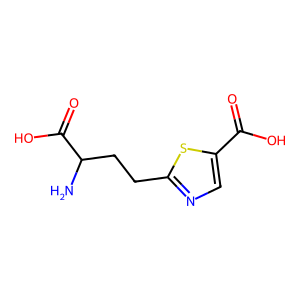
SMILES: NC(CCc1ncc(C(=O)O)s1)C(=O)O
Inhibits HIV replication: No